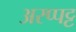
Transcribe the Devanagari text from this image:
अरप्पट्ट